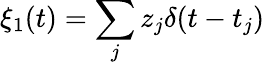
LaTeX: \xi_{1}(t)=\sum_{j}z_{j}\delta(t-t_{j})